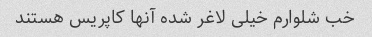
خب شلوارم خیلی لاغر شده آنها کاپریس هستند